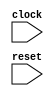
// This program was cloned from: https://github.com/benhuangpf/systolic-array
// License: MIT License

module top
(
	input clock,
	input reset
);
reg [5:0] r,w;
reg [1:0] state;
localparam S_IDLE = 2'b00, S_RUN = 2'b01;
always @(*) begin
    w=r+1;
end
always @(posedge clock) begin
    if(reset)begin
        r<=0;
        state <= S_IDLE;
    end
    else begin
        r<=w;
        if(r<5) state <= S_IDLE;
        else state <= S_RUN;
    end
end

endmodule